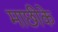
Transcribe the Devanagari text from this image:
माछीके